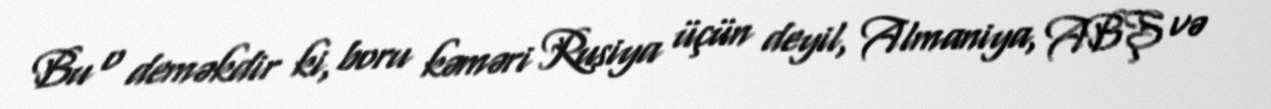
Bu o deməkdir ki, boru kəməri Rusiya üçün deyil, Almaniya, ABŞ və